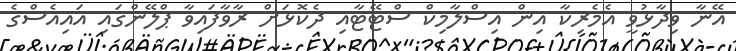
އޭނާ ވިދާޅުވީ އެމެރިކާ އިން އިސްލާމިކް ސްޓޭޓާއި ދެކޮޅަށް ރާވާފައިވާ ޕްލޭންގައި އައިއެސްގެ